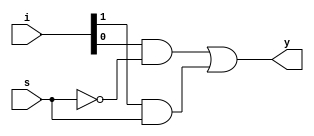
module mux2x1(i,s,y);

input [1:0]i;
input s;
output y;
wire w1,w2,w3;  
assign y = ~s&i[0] | s&i[1];
  not g0(w1,s);
  and g1(w2,i[0],w1);
  and g2(w3,i[1],s);
  or g3(y,w2,w3);
  
endmodule